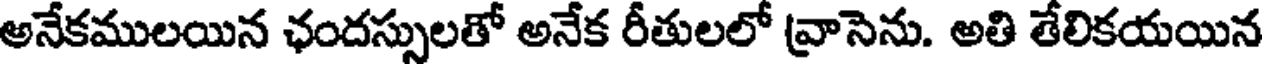
అనేకములయిన ఛందస్సులతో అనేక రీతులలో వ్రాసెను. అతి తేలికయయిన